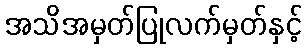
အသိအမှတ်ပြုလက်မှတ်နှင့်